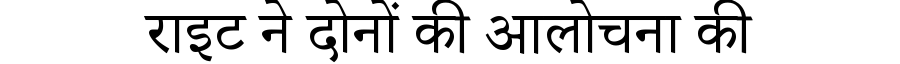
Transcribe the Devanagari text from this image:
राइट ने दोनों की आलोचना की